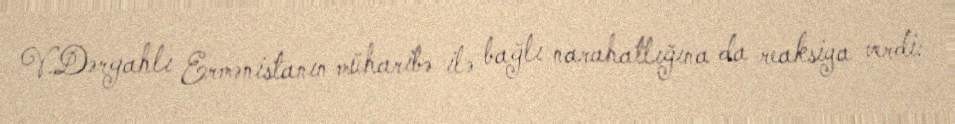
V.Dərgahlı Ermənistanın müharibə ilə bağlı narahatlığına da reaksiya verdi: